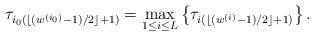
LaTeX: \begin{align*}\tau_{i_0(\lfloor(w^{(i_0)}-1)/2\rfloor+1)}=\max_{1\leq i\leq L}\left\{\tau_{i(\lfloor(w^{(i)}-1)/2\rfloor+1)}\right\}.\end{align*}